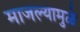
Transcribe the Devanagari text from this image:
माजल्यामुळे